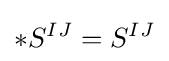
*S^{IJ}=S^{IJ}